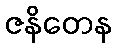
ဇနိတေန